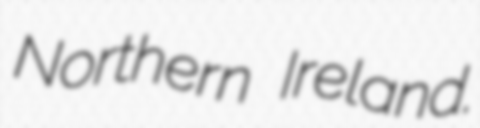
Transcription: Northern Ireland.